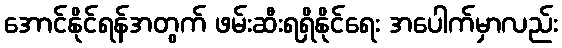
အောင်နိုင်ရန်အတွက် ဖမ်းဆီးရရှိနိုင်ရေး အပေါက်မှာလည်း